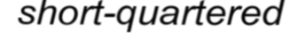
short-quartered